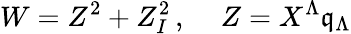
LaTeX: W=Z^{2}+Z_{I}^{2}\, ,\quad\, Z=X^{\Lambda}\mathfrak{q}_{\Lambda}